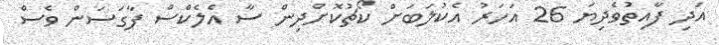
އަދި ފާއިތުވެދިޔަ 26 އަހަރު އެކުލަބަށް ކޯޗުކޮށްދިން ސާ އެލެކްސް ފާގަސަން ވެސް